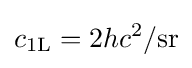
c_{\text{1L}}=2hc^{2}/\mathrm {sr}